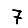
Digit: 7